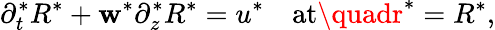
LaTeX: \partial_{t}^{*}R^{*}+\mathbf{w}^{*}\partial_{z}^{*}R^{*}=u^{*}\quad\mathrm{{at}}\quadr^{*}=R^{*},